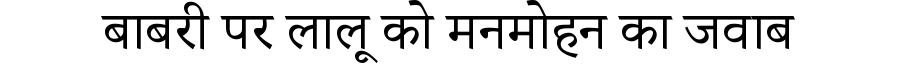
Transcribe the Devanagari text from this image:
बाबरी पर लालू को मनमोहन का जवाब